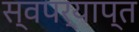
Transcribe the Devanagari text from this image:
स्वपर्याप्त